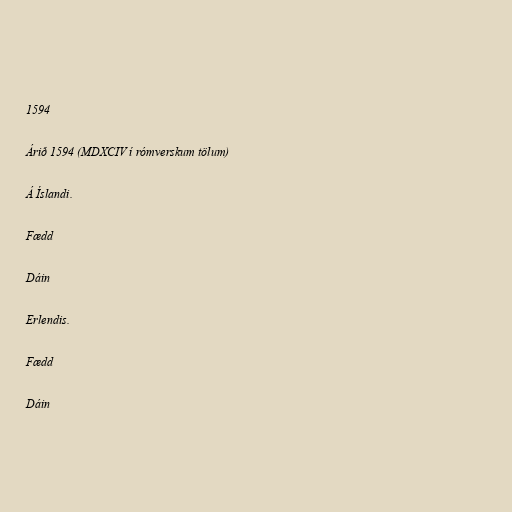
1594

Árið 1594 (MDXCIV í rómverskum tölum)

Á Íslandi.

Fædd

Dáin

Erlendis.

Fædd

Dáin